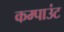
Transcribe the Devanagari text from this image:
कम्पाउंट